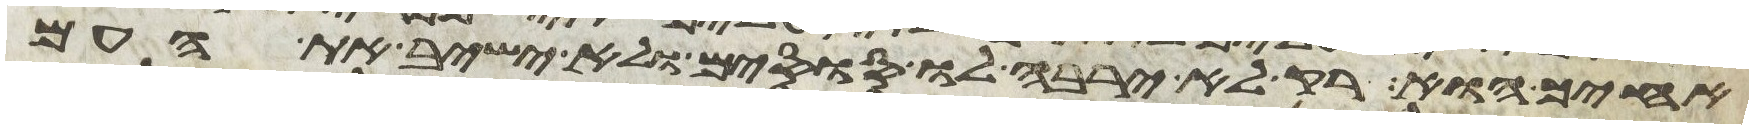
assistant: אחיך הוא רק לא ירבה לו סוסים ולא ישיב את העם